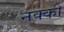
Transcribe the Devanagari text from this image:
नक्को